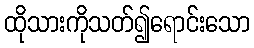
ထိုသားကိုသတ်၍ရောင်းသော